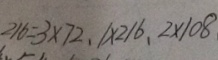
2 1 6 = 3 \times 7 2 、 1 \times 2 1 6 、 2 \times 1 0 8